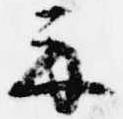
示